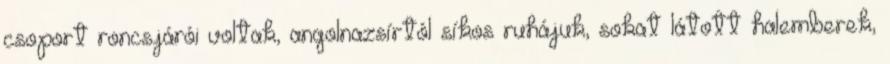
csoport roncsjárói voltak, angolnazsírtól síkos ruhájuk, sokat látott halemberek,